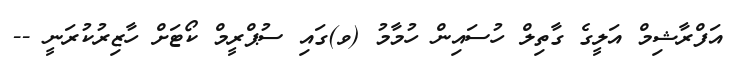
އަފްރާޝިމް އަލީގެ ގާތިލް ހުސައިން ހުމާމު (ވ)ގައި ސުޕްރީމް ކޯޓަށް ހާޒިރުކުރަނީ --